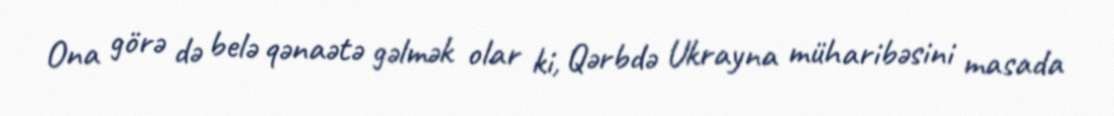
Ona görə də belə qənaətə gəlmək olar ki, Qərbdə Ukrayna müharibəsini masada